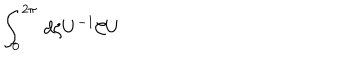
LaTeX: \int _ { 0 } ^ { 2 \pi } \, d \zeta U ^ { - 1 } { \cal C } U